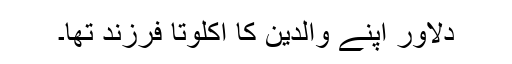
دلاور اپنے والدین کا اکلوتا فرزند تھا۔